Vaccination in Bombay 1902-1912 - 1902-1912
Year: 1902
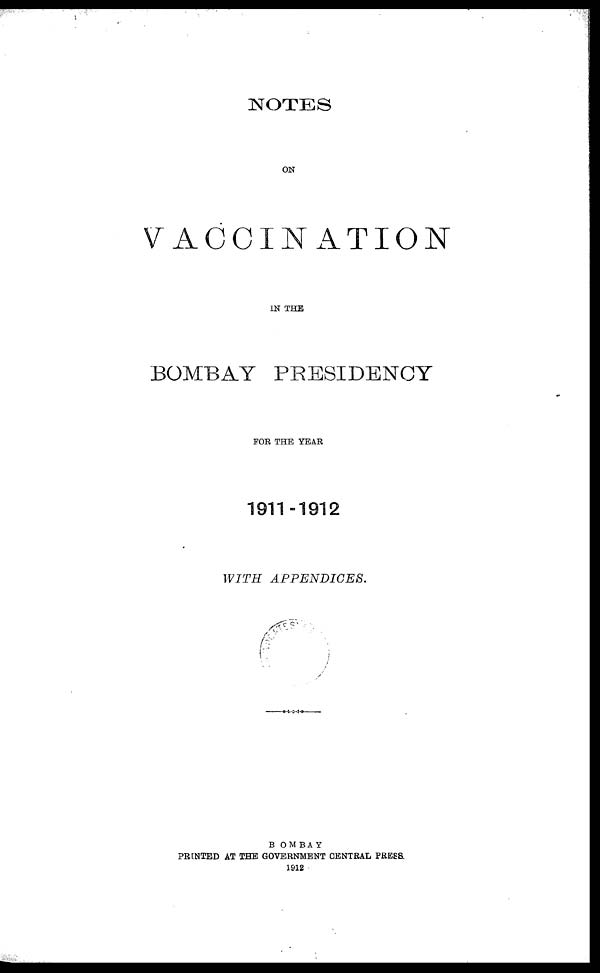
NOTES
ON
VACCINATION
IN THE
BOMBAY PRESIDENCY
FOR THE YEAR
1911-1912
WITH
APPENDICES.
BOMBAY
PRINTED AT THE GOVERNMENT CENTRAL PRESS
1912